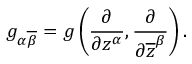
g _ { \alpha { \overline { { \beta } } } } = g \left( { \frac { \partial } { \partial z ^ { \alpha } } } , { \frac { \partial } { \partial { \overline { { z } } } ^ { \beta } } } \right) .